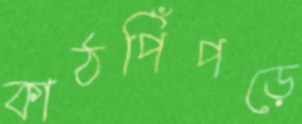
কাঠপিঁপড়ে